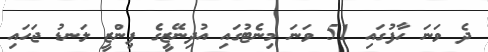
ދެ ވަނަ ހާފުގައި 51 ވަނަ މިނެޓުގައި އުދިނޭޒީގެ ޕިންޒީ ލަނޑު ޖަހައި